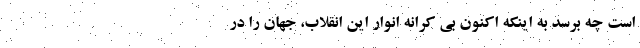
است چه برسد به اینکه اکنون بی کرانه انوار این انقلاب، جهان را در